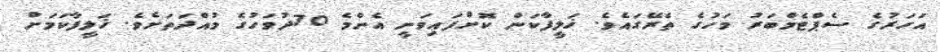
އަހަރުގެ ސެޕްޓެމްބަރު މަހުގެ ތެރޭގައެވެ. ޚަލީފާކަން ކޮށްފައިވަނީ އެންމެ 70ދުވަހުގެ މުއްދަތަށެވެ. ޚަލީފާކަމަށް